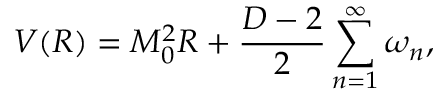
V ( R ) = M _ { 0 } ^ { 2 } R + \frac { D - 2 } { 2 } \sum _ { n = 1 } ^ { \infty } \omega _ { n } ,